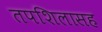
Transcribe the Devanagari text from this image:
तपशिलासह